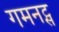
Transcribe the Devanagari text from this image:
गमनट्स